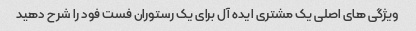
ویژگی های اصلی یک مشتری ایده آل برای یک رستوران فست فود را شرح دهید